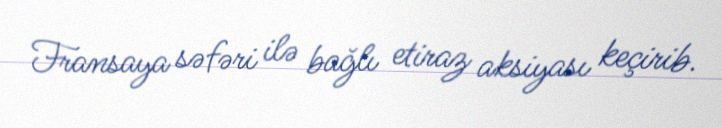
Fransaya səfəri ilə bağlı etiraz aksiyası keçirib.